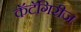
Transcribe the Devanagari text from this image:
कॅटॅगिरीज